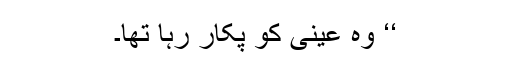
‘‘ وہ عینی کو پکار رہا تھا۔